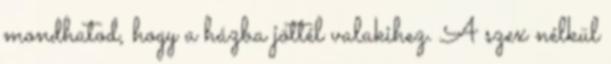
mondhatod, hogy a házba jöttél valakihez. A szex nélkül